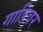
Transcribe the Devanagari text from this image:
गाडिवर